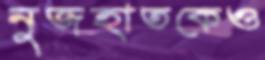
নুজহাতকেও